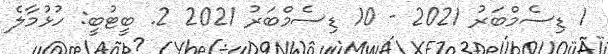
1 ޑިސެމްބަރު 2021 - 10 ޑިސެމްބަރު 2021 2. ބީޓުބީ: ހުޅުމާލެ